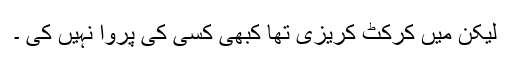
لیکن میں کرکٹ کریزی تھا کبھی کسی کی پروا نہیں کی ۔